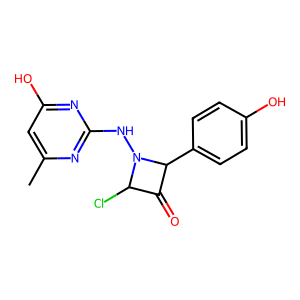
SMILES: Cc1cc(O)nc(NN2C(Cl)C(=O)C2c2ccc(O)cc2)n1
Inhibits HIV replication: No